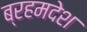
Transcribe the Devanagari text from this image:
ब्रहमदेश